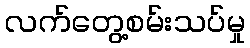
လက်တွေ့စမ်းသပ်မှု